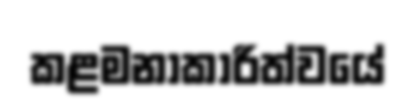
කළමනාකාරිත්වයේ